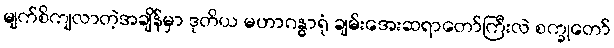
မျက်စိကျလာတဲ့အချိန်မှာ ဒုတိယ မဟာဂန္ဓာရုံ ချမ်းအေးဆရာတော်ကြီးလဲ စက္ခုတော်